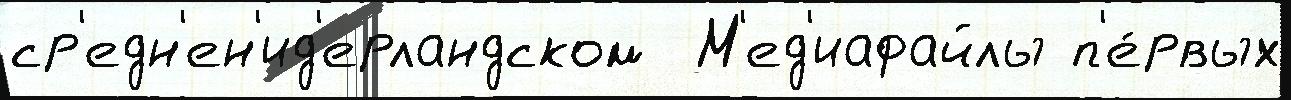
ср'едн'ен'ид'ерландском  М'ед'иафайлы п'е́рвых